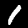
Digit: 1